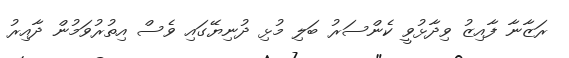
ރަޒާނާ ފާއިޒު ވިދާޅުވީ ކެންސަރު ބަލި މުޅި ދުނިޔޭގައި ވެސް އިތުރުވަމުން ދާއިރު